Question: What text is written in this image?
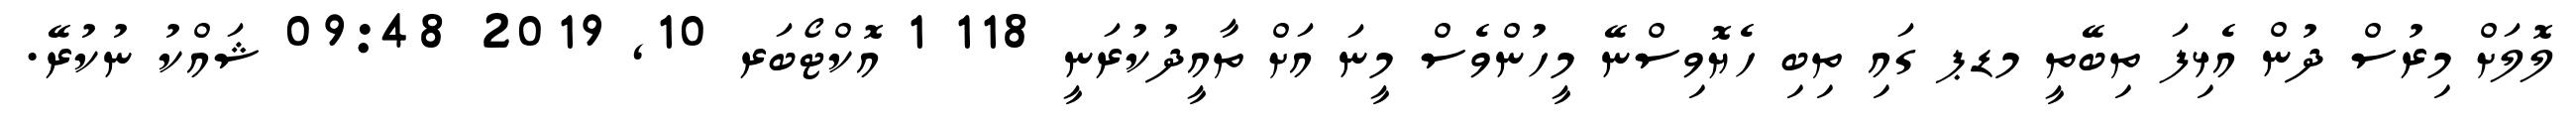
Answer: ލޮލަށް މިރުސް ދުން އެޅިފަ ތިބޭތީ މޑޕ ގައި ތިބި ހެޔޮވިސްނޭ މީހުންވެސް މީނަ އަށް ތާއީދުކުރަނީ 118 1 އޮކްޓޯބަރ 10, 2019 09:48 ޝައްކު ނުކުރޭ.